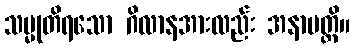
သမ္မုတိရသော ဂိလာနအားလည်း အနာပတ္တိ။